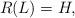
LaTeX: \begin{align*}R(L) = H,\end{align*}